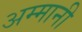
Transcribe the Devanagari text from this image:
अम्मानी